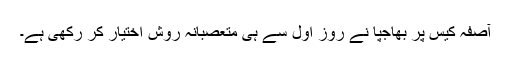
آصفہ کیس پر بھاجپا نے روزِ اول سے ہی متعصبانہ روش اختیار کر رکھی ہے۔